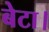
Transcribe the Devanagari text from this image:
बेटा।